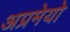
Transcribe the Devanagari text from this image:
अप्रमेयो